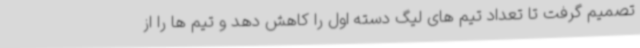
تصمیم گرفت تا تعداد تیم های لیگ دسته اول را کاهش دهد و تیم ها را از